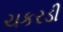
ચકરડી